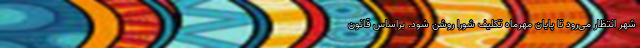
شهر انتظار می‌رود تا پایان مهرماه تکلیف شورا روشن شود. براساس قانون